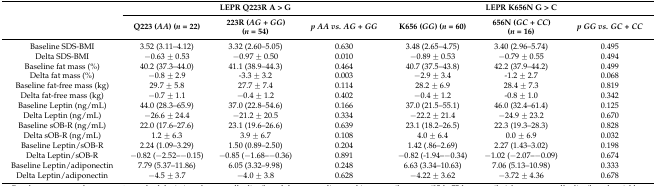
<table><thead><tr><td rowspan="2"></td><td colspan="3"><b>LEPR Q223R A &gt; G</b></td><td colspan="3"><b>LEPR K656N G &gt; C</b></td></tr><tr><td><b>Q223 (<i>AA</i>) (<i>n</i> = 22)</b></td><td><b>223R (<i>AG</i> + <i>GG</i>) (<i>n</i> = 54)</b></td><td><b><i>p AA vs. AG</i> + <i>GG</i></b></td><td><b>K656 (<i>GG</i>) (<i>n</i> = 60)</b></td><td><b>656N (<i>GC</i> + <i>CC</i>) (<i>n</i> = 16)</b></td><td><b><i>p GG vs. GC</i> + <i>CC</i></b></td></tr></thead><tbody><tr><td>Baseline SDS-BMI</td><td>3.52 (3.11–4.12)</td><td>3.32 (2.60–5.05)</td><td>0.630</td><td>3.48 (2.65–4.75)</td><td>3.40 (2.96–5.74)</td><td>0.495</td></tr><tr><td>Delta SDS-BMI</td><td>−0.63 ± 0.53</td><td>−0.97 ± 0.50</td><td>0.010</td><td>−0.89 ± 0.53</td><td>−0.79 ± 0.55</td><td>0.494</td></tr><tr><td>Baseline fat mass (%)</td><td>40.2 (37.3–44.0)</td><td>41.1 (38.9–44.3)</td><td>0.464</td><td>40.7 (37.5–43.8)</td><td>42.2 (37.9–44.2)</td><td>0.499</td></tr><tr><td>Delta fat mass (%)</td><td>−0.8 ± 2.9</td><td>-3.3 ± 3.2</td><td>0.003</td><td>−2.9 ± 3.4</td><td>-1.2 ± 2.7</td><td>0.068</td></tr><tr><td>Baseline fat-free mass (kg)</td><td>29.7 ± 5.8</td><td>27.7 ± 7.4</td><td>0.114</td><td>28.2 ± 6.9</td><td>28.4 ± 7.3</td><td>0.819</td></tr><tr><td>Delta fat-free mass (kg)</td><td>−0.7 ± 1.1</td><td>−0.4 ± 1.2</td><td>0.402</td><td>−0.4 ± 1.2</td><td>-0.8 ± 1.0</td><td>0.342</td></tr><tr><td>Baseline Leptin (ng/mL)</td><td>44.0 (28.3–65.9)</td><td>37.0 (22.8–54.6)</td><td>0.166</td><td>37.0 (21.5–55.1)</td><td>46.0 (32.4–61.4)</td><td>0.125</td></tr><tr><td>Delta Leptin (ng/mL)</td><td>−26.6 ± 24.4</td><td>−21.2 ± 20.5</td><td>0.334</td><td>−22.2 ± 21.4</td><td>−24.9 ± 23.2</td><td>0.670</td></tr><tr><td>Baseline sOB-R (ng/mL)</td><td>22.0 (17.6–27.6)</td><td>23.1 (19.6–26.6)</td><td>0.639</td><td>23.1 (18.2–26.5)</td><td>22.3 (19.3–28.3)</td><td>0.828</td></tr><tr><td>Delta sOB-R (ng/mL)</td><td>1.2 ± 6.3</td><td>3.9 ± 6.7</td><td>0.108</td><td>4.0 ± 6.4</td><td>0.0 ± 6.9</td><td>0.032</td></tr><tr><td>Baseline Leptin/sOB-R</td><td>2.24 (1.09–3.29)</td><td>1.50 (0.89–2.50)</td><td>0.204</td><td>1.42 (.86–2.69)</td><td>2.27 (1.43–3.02)</td><td>0.198</td></tr><tr><td>Delta Leptin/sOB-R</td><td>−0.82 (−2.52–−0.15)</td><td>−0.85 (−1.68–−0.36)</td><td>0.891</td><td>−0.82 (-1.94–−0.34)</td><td>−1.02 (−2.07–−0.09)</td><td>0.674</td></tr><tr><td>Baseline Leptin/adiponectin</td><td>7.79 (5.37–11.86)</td><td>6.05 (3.32–9.98)</td><td>0.248</td><td>6.63 (3.34–10.63)</td><td>7.06 (5.13–10.98)</td><td>0.333</td></tr><tr><td>Delta Leptin/adiponectin</td><td>−4.5 ± 3.7</td><td>−4.0 ± 3.8</td><td>0.628</td><td>−4.22 ± 3.62</td><td>−3.72 ± 4.36</td><td>0.678</td></tr></tbody></table>